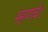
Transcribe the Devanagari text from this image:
म्हणचे।